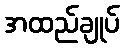
အထည်ချုပ်